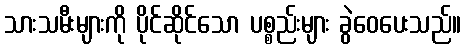
သားသမီးများကို ပိုင်ဆိုင်သော ပစ္စည်းများ ခွဲဝေပေးသည်။